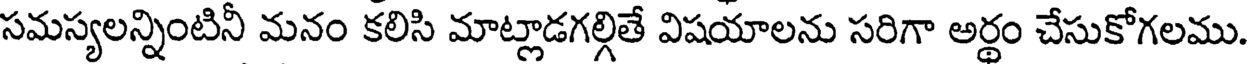
సమస్యలన్నింటినీ మనం కలిసి మాట్లాడగల్గితే విషయాలను సరిగా అర్థం చేసుకోగలము.